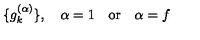
\{ g _ { k } ^ { ( \alpha ) } \} , \quad \alpha = 1 \quad \mathrm { o r } \quad \alpha = f